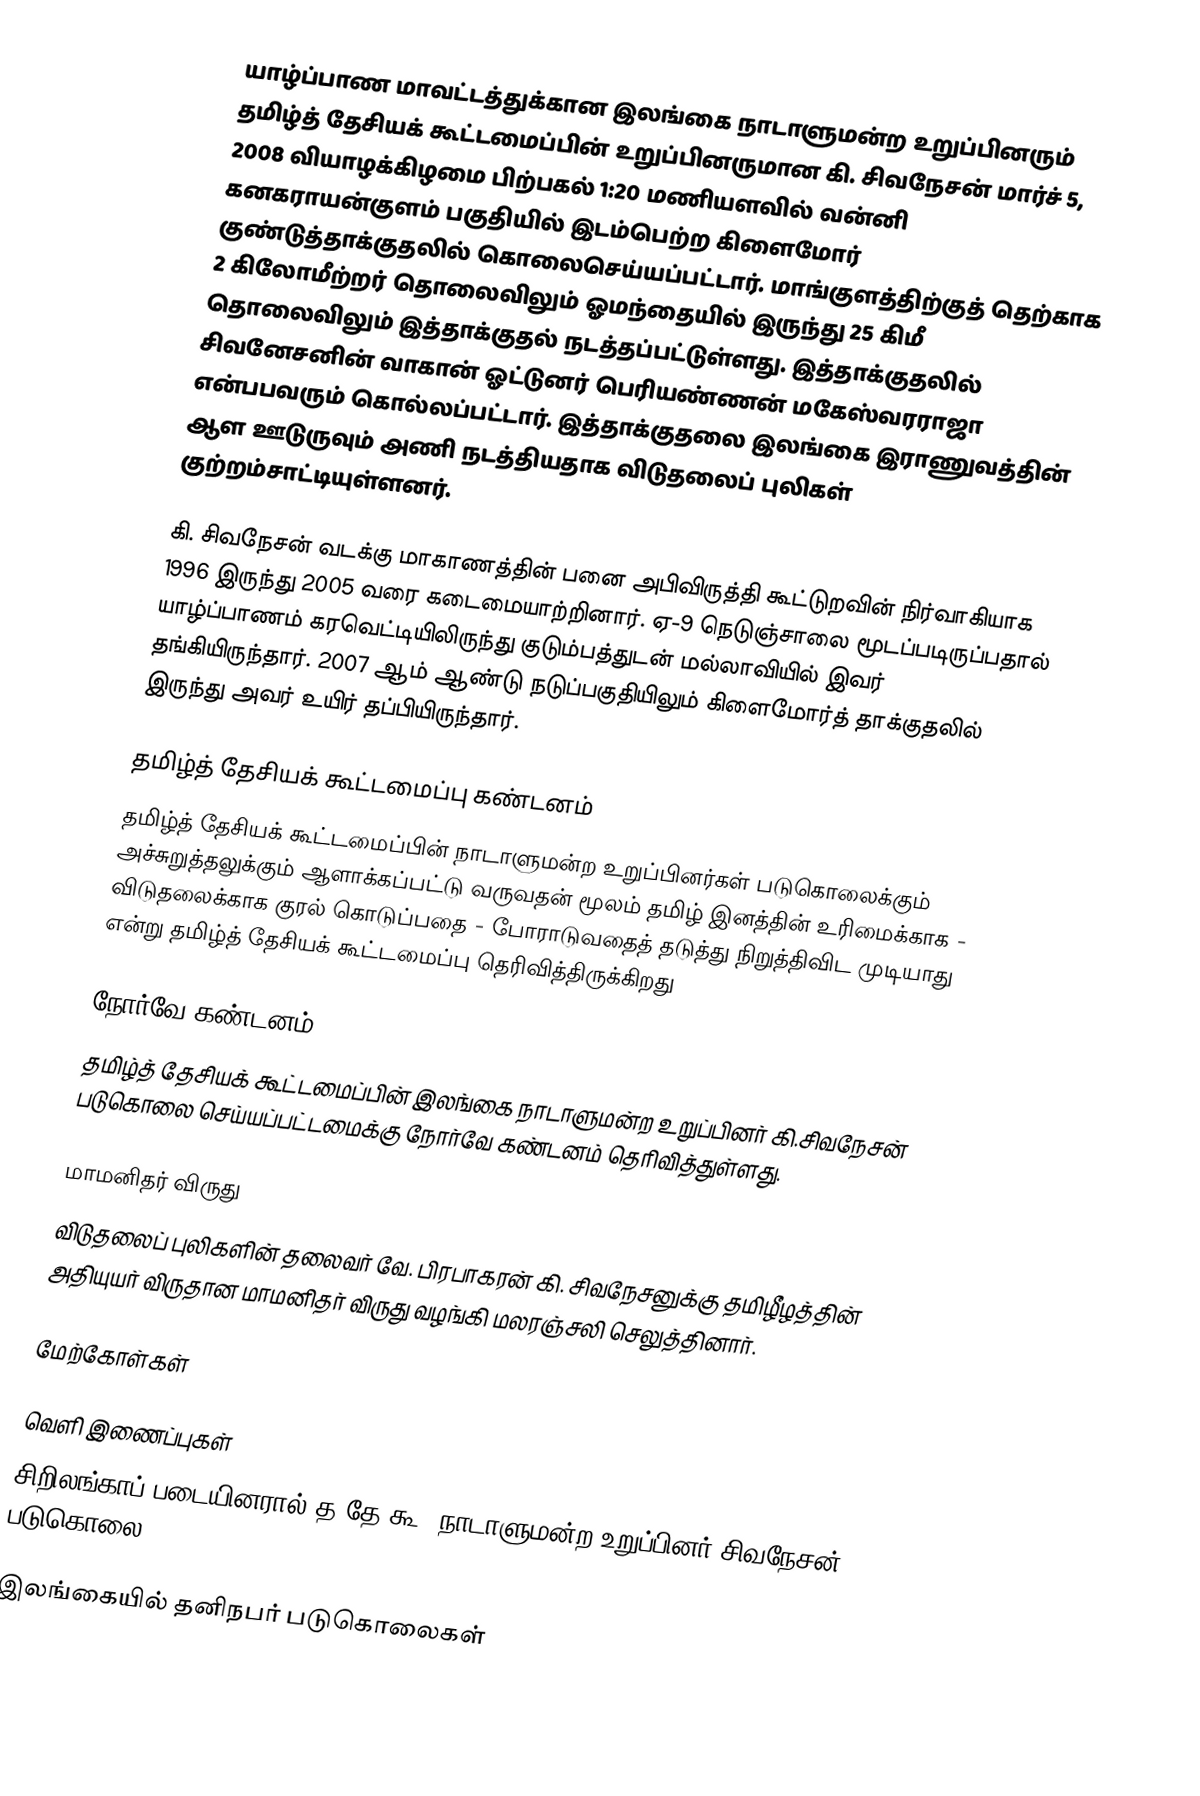
யாழ்ப்பாண மாவட்டத்துக்கான இலங்கை நாடாளுமன்ற உறுப்பினரும் தமிழ்த் தேசியக் கூட்டமைப்பின் உறுப்பினருமான கி. சிவநேசன் மார்ச் 5, 2008 வியாழக்கிழமை பிற்பகல் 1:20 மணியளவில் வன்னி கனகராயன்குளம் பகுதியில் இடம்பெற்ற கிளைமோர் குண்டுத்தாக்குதலில் கொலைசெய்யப்பட்டார். மாங்குளத்திற்குத் தெற்காக 2 கிலோமீற்றர் தொலைவிலும் ஓமந்தையில் இருந்து 25 கிமீ தொலைவிலும் இத்தாக்குதல் நடத்தப்பட்டுள்ளது. இத்தாக்குதலில் சிவனேசனின் வாகான் ஓட்டுனர் பெரியண்ணன் மகேஸ்வரராஜா என்பபவரும் கொல்லப்பட்டார். இத்தாக்குதலை இலங்கை இராணுவத்தின் ஆள ஊடுருவும் அணி நடத்தியதாக விடுதலைப் புலிகள் குற்றம்சாட்டியுள்ளனர்.

கி. சிவநேசன் வடக்கு மாகாணத்தின் பனை அபிவிருத்தி கூட்டுறவின் நிர்வாகியாக 1996 இருந்து 2005 வரை கடைமையாற்றினார். ஏ-9 நெடுஞ்சாலை மூடப்படிருப்பதால் யாழ்ப்பாணம் கரவெட்டியிலிருந்து குடும்பத்துடன் மல்லாவியில் இவர் தங்கியிருந்தார். 2007 ஆம் ஆண்டு நடுப்பகுதியிலும் கிளைமோர்த் தாக்குதலில் இருந்து அவர் உயிர் தப்பியிருந்தார்.

தமிழ்த் தேசியக் கூட்டமைப்பு கண்டனம்
தமிழ்த் தேசியக் கூட்டமைப்பின் நாடாளுமன்ற உறுப்பினர்கள் படுகொலைக்கும் அச்சுறுத்தலுக்கும் ஆளாக்கப்பட்டு வருவதன் மூலம் தமிழ் இனத்தின் உரிமைக்காக - விடுதலைக்காக குரல் கொடுப்பதை - போராடுவதைத் தடுத்து நிறுத்திவிட முடியாது என்று தமிழ்த் தேசியக் கூட்டமைப்பு தெரிவித்திருக்கிறது

நோர்வே கண்டனம்
தமிழ்த் தேசியக் கூட்டமைப்பின் இலங்கை நாடாளுமன்ற உறுப்பினர் கி.சிவநேசன் படுகொலை செய்யப்பட்டமைக்கு நோர்வே கண்டனம் தெரிவித்துள்ளது.

மாமனிதர் விருது
விடுதலைப் புலிகளின் தலைவர் வே. பிரபாகரன் கி. சிவநேசனுக்கு தமிழீழத்தின் அதியுயர் விருதான மாமனிதர் விருது வழங்கி மலரஞ்சலி செலுத்தினார்.

மேற்கோள்கள்

வெளி இணைப்புகள்
 சிறிலங்காப் படையினரால் த.தே.கூ. நாடாளுமன்ற உறுப்பினர் சிவநேசன் படுகொலை

இலங்கையில் தனிநபர் படுகொலைகள்